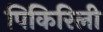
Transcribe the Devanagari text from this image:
पिकिरिली